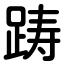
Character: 踌